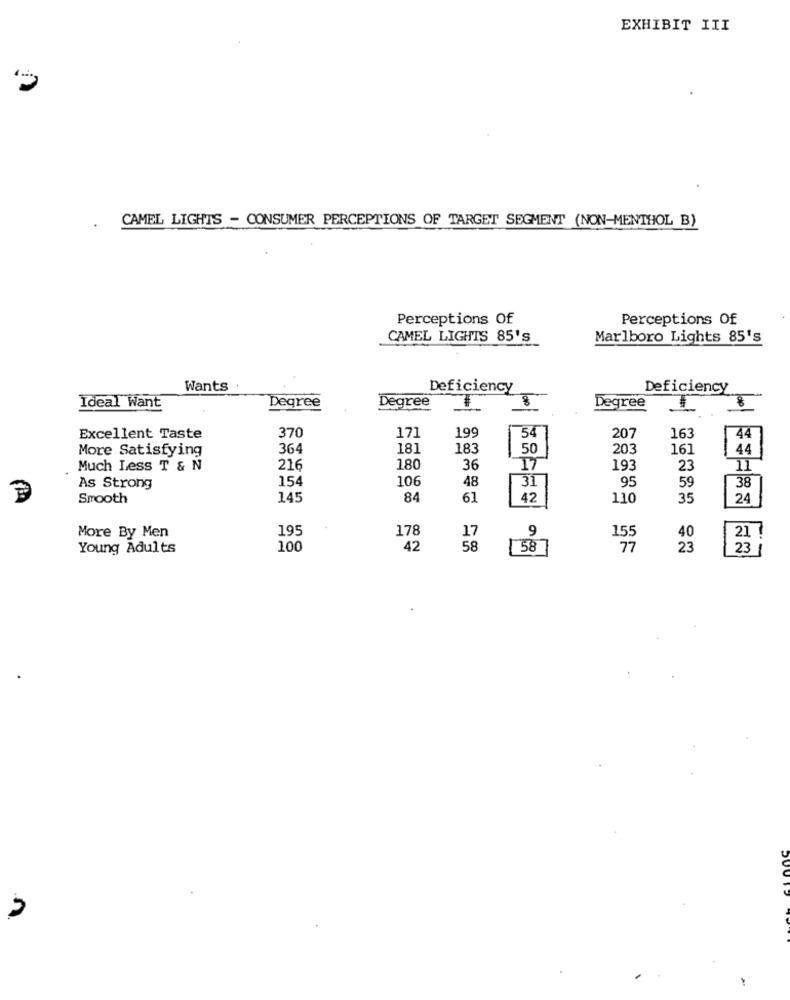
EXHIBIT III
CAMEL LIGHTS - CONSUMER PERCEPTIONS OF TARGET SEGMENT (NON-MENTHOL B)
.
Perceptions Of
Perceptions Of
CAMEL LIGHTS 85'S
Marlboro Lights 85's
Wants
Deficiency
Deficiency
Degree
Degree
8
Degree
Ideal Want
370
171
199
207
Excellent Taste
54
163
44
More Satisfying
364
181
183
50
203
161
44
Much Less T & N
216
180
36
17
193
23
154
106
48
31
95
59
38
As Strong
Smooth
145
84
61
42
110
35
24
195
178
9
155
21
More By Men
17
40
Young Adults
100
42
58
77
23
23
n